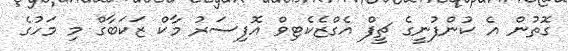
ގޮތުން އެ ކުންފުނީގެ ޗީފް އެގްޒެކެޓިވް އޮފިސަރު މާކް ޒަކަބާގް މި މަހުގެ